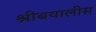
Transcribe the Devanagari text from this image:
श्रीबयालीस